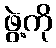
ဖွဲ့ကို